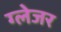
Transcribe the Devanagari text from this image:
ग्लेजर